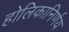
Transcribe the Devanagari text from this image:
होलिकानिर्णय